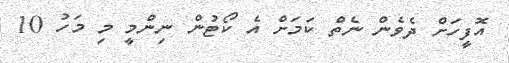
އޮފީހަށް ދެވެން ނެތް ކަމަށް އެ ކޯޓުން ނިންމީ މި މަހު 10